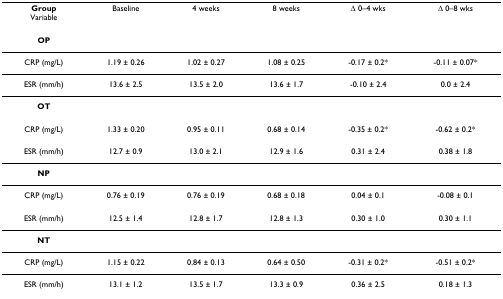
<table><thead><tr><td><b>GroupVariable</b></td><td><b>Baseline</b></td><td><b>4 weeks</b></td><td><b>8 weeks</b></td><td><b>Δ 0–4 wks</b></td><td><b>Δ 0–8 wks</b></td></tr></thead><tbody><tr><td><b>OP</b></td><td></td><td></td><td></td><td></td><td></td></tr><tr><td>CRP (mg/L)</td><td>1.19 ± 0.26</td><td>1.02 ± 0.27</td><td>1.08 ± 0.25</td><td>-0.17 ± 0.2*</td><td>-0.11 ± 0.07*</td></tr><tr><td>ESR (mm/h)</td><td>13.6 ± 2.5</td><td>13.5 ± 2.0</td><td>13.6 ± 1.7</td><td>-0.10 ± 2.4</td><td>0.0 ± 2.4</td></tr><tr><td><b>OT</b></td><td></td><td></td><td></td><td></td><td></td></tr><tr><td>CRP (mg/L)</td><td>1.33 ± 0.20</td><td>0.95 ± 0.11</td><td>0.68 ± 0.14</td><td>-0.35 ± 0.2*</td><td>-0.62 ± 0.2*</td></tr><tr><td>ESR (mm/h)</td><td>12.7 ± 0.9</td><td>13.0 ± 2.1</td><td>12.9 ± 1.6</td><td>0.31 ± 2.4</td><td>0.38 ± 1.8</td></tr><tr><td><b>NP</b></td><td></td><td></td><td></td><td></td><td></td></tr><tr><td>CRP (mg/L)</td><td>0.76 ± 0.19</td><td>0.76 ± 0.19</td><td>0.68 ± 0.18</td><td>0.04 ± 0.1</td><td>-0.08 ± 0.1</td></tr><tr><td>ESR (mm/h)</td><td>12.5 ± 1.4</td><td>12.8 ± 1.7</td><td>12.8 ± 1.3</td><td>0.30 ± 1.0</td><td>0.30 ± 1.1</td></tr><tr><td><b>NT</b></td><td></td><td></td><td></td><td></td><td></td></tr><tr><td>CRP (mg/L)</td><td>1.15 ± 0.22</td><td>0.84 ± 0.13</td><td>0.64 ± 0.50</td><td>-0.31 ± 0.2*</td><td>-0.51 ± 0.2*</td></tr><tr><td>ESR (mm/h)</td><td>13.1 ± 1.2</td><td>13.5 ± 1.7</td><td>13.3 ± 0.9</td><td>0.36 ± 2.5</td><td>0.18 ± 1.3</td></tr></tbody></table>